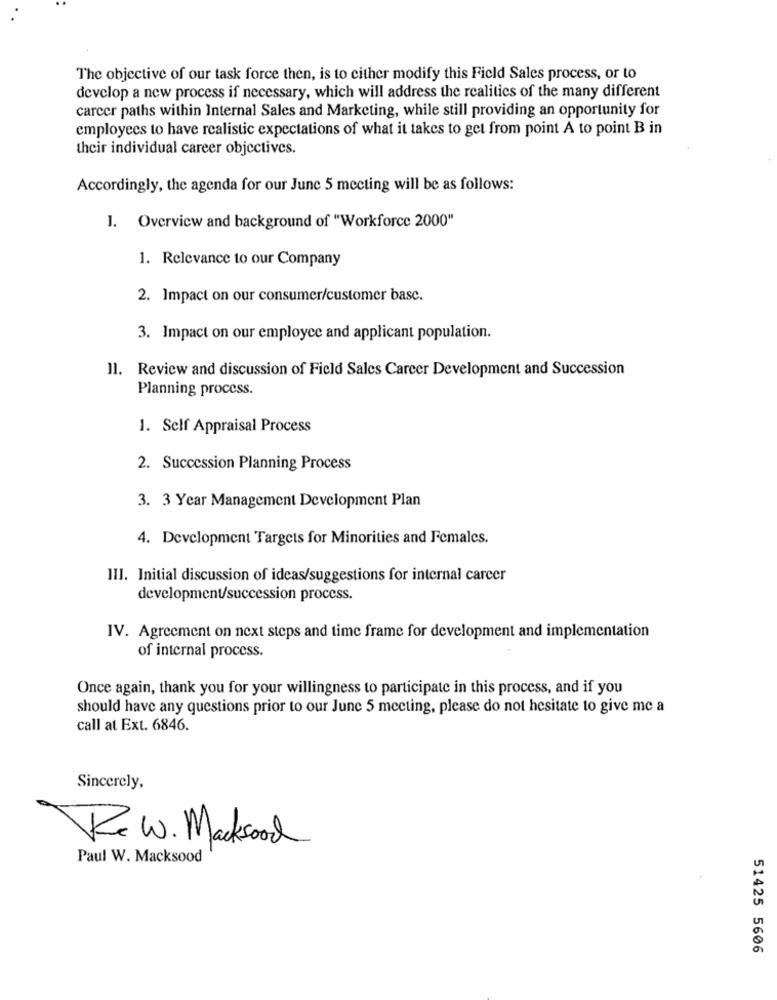
The objective of our task force then, is to either modify this Field Sales process, or to
develop a new process if necessary, which will address the realities of the many different
carcer paths within Internal Sales and Marketing, while still providing an opportunity for
employees to have realistic expectations of what it takes to get from point A to point B in
their individual career objectives.
Accordingly, the agenda for our June 5 mecting will be as follows:
J. Overview and background of "Workforce 2000"
1. Relevance to our Company
2. Impact on our consumer/customer base.
3. Impact on our employee and applicant population.
11. Review and discussion of Field Sales Career Development and Succession
Planning process.
1. Self Appraisal Process
2. Succession Planning Process
3. 3 Year Management Development Plan
4. Development Targets for Minorities and Females.
III. Initial discussion of ideas/suggestions for internal career
development/succession process.
IV. Agreement on next steps and time frame for development and implementation
of internal process.
Once again, thank you for your willingness to participate in this process, and if you
should have any questions prior to our June 5 meeting, please do not hesitate to give me a
call at Ext. 6846.
Sincerely,
Rew. Macksood
Paul W. Macksood
51425 5606